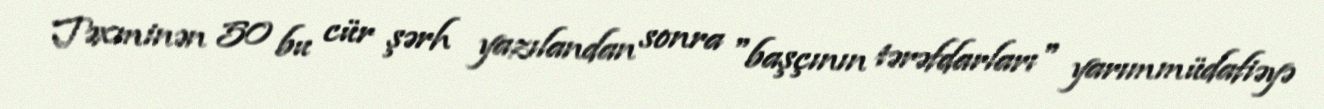
Təxminən 50 bu cür şərh yazılandan sonra "başçının tərəfdarları" yarımmüdafiəyə